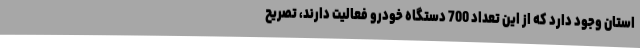
استان وجود دارد که از این تعداد 700 دستگاه خودرو فعالیت دارند، تصریح